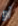
أو